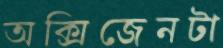
অক্সিজেনটা